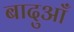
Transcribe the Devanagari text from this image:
बादुआँ